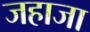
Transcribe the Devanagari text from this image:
जहाजा